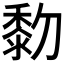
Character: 𪏯